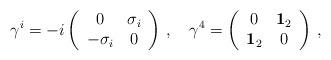
LaTeX: \begin{align*} \gamma^i = -i\left(\begin{array}{cc}0&\sigma_i\\-\sigma_i&0\end{array}\right)\,,\quad \gamma^4 =\left(\begin{array}{cc}0&{\bf 1}_2\\{\bf 1}_2&0\end{array}\right)\,,\end{align*}